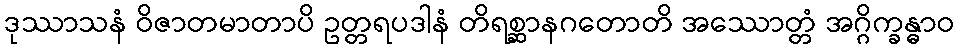
ဒုဿာသနံ ဝိဇာတမာတာပိ ဥတ္တရပဒါနံ တိရစ္ဆာနဂတောတိ အဿောတ္တံ အဂ္ဂိက္ခန္ဓာဝ